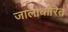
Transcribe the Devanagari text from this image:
जालाधारित